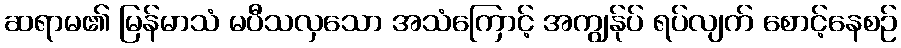
ဆရာမ၏ မြန်မာသံ မပီသလှသော အသံကြောင့် အကျွန်ုပ် ရပ်လျက် စောင့်နေစဉ်